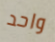
واحد